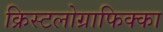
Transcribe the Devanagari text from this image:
क्रिस्टलोग्राफिक्का